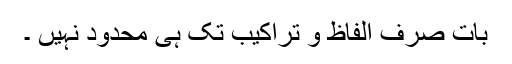
بات صرف الفاظ و تراکیب تک ہی محدود نہیں ۔